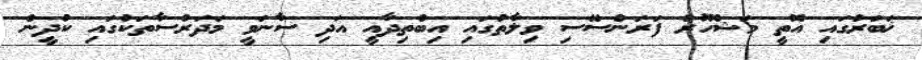
ޚަބަރުގައި އޮތީ މަޝްހޫރު ފަރަންސޭސި ވިލާތުގައި އިބްތިދާއީ އަދި ސާނަވީ މަދަރުސާތަކުގައި ކުދީން